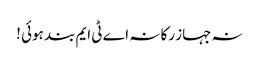
نہ جہاز رکا نہ اے ٹی ایم بند ہوئی !